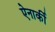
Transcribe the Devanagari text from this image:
ऐनार्की